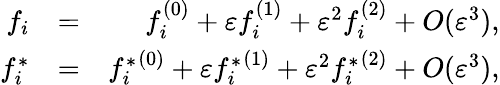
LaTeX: \begin{array}{rlr}{f_{i}}&{=}&{f_{i}^{(0)}+\varepsilon f_{i}^{(1)}+\varepsilon^{2}f_{i}^{(2)}+O(\varepsilon^{3}),}\\ {{f_{i}^{*}}}&{=}&{{f_{i}^{*}}^{(0)}+\varepsilon{f_{i}^{*}}^{(1)}+\varepsilon^{2}{f_{i}^{*}}^{(2)}+O(\varepsilon^{3}),}\end{array}